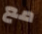
مع